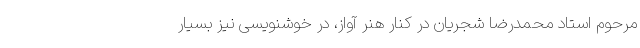
مرحوم استاد محمدرضا شجریان در کنار هنر آواز، در خوشنویسی نیز بسیار